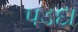
પડદા